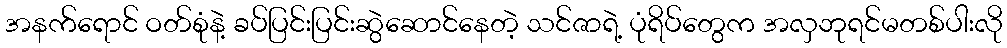
အနက်ရောင် ဝတ်စုံနဲ့ ခပ်ပြင်းပြင်းဆွဲဆောင်နေတဲ့ သင်ဇာရဲ့ ပုံရိပ်တွေက အလှဘုရင်မတစ်ပါးလို